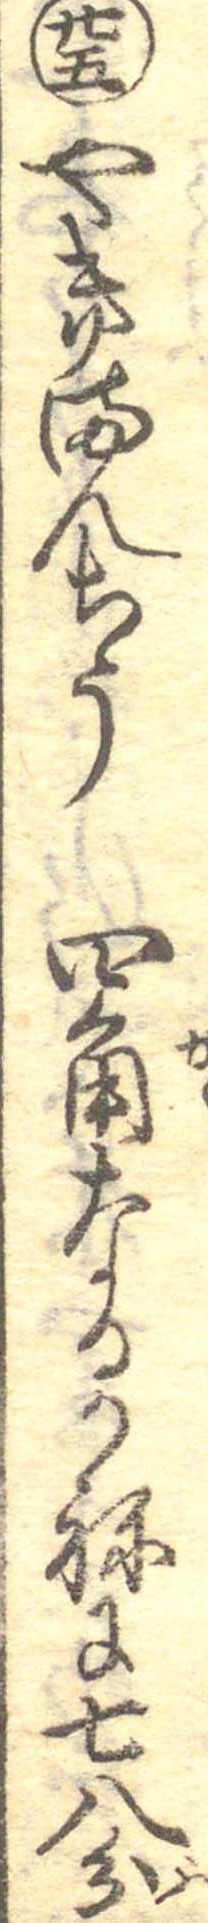
廿五やきまんちう四角なるかねに七八分